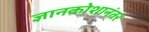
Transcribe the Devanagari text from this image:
ज्ञानकोशानंतर